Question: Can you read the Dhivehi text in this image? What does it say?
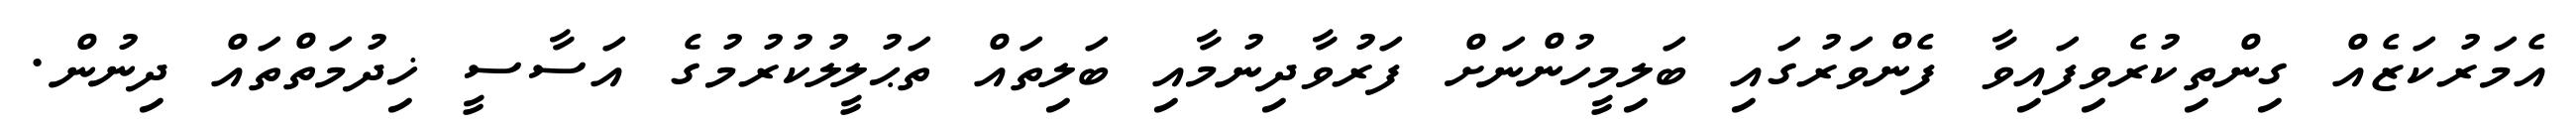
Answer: އެމަރުކަޒެއް ގިންތިކުރެވިފައިވާ ފެންވަރުގައި ބަލިމީހުންނަށް ފަރުވާދިނުމާއި ބަލިތައް ތަޙުލީލުކުރުމުގެ އަސާސީ ޚިދުމަތްތައް ދިނުން.